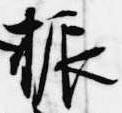
振